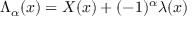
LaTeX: { \Lambda } _ { \alpha } ( x ) = X ( x ) + ( - 1 ) ^ { \alpha } { \lambda } ( x )